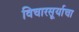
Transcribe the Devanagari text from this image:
विचारसूर्याचा